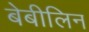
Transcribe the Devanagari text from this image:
बेबीलिन